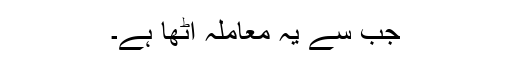
جب سے یہ معاملہ اُٹھا ہے۔